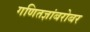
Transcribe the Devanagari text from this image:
गणितज्ञांबरोबर